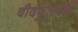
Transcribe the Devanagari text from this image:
बौदफुलवनी